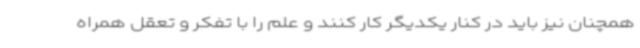
همچنان نیز باید در کنار یکدیگر کار کنند و علم را با تفکر و تعقل همراه